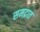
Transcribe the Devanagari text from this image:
समद्रात